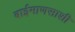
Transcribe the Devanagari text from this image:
बाईमाणसाशी